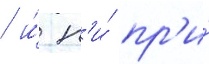
/ и́ н'и́ пр'и́